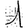
Digit: 1